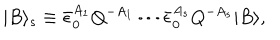
| B \rangle _ { s } \equiv \bar { \epsilon } _ { 0 } ^ { A _ { 1 } } Q ^ { - A _ { 1 } } \cdots \bar { \epsilon } _ { 0 } ^ { A _ { s } } Q ^ { - A _ { s } } | B \rangle ,